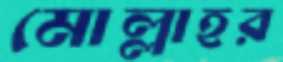
মোল্লাহর